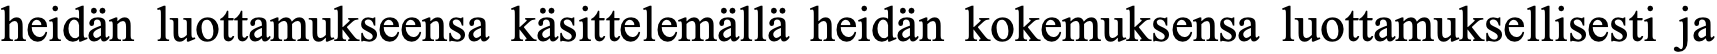
heidän luottamukseensa käsittelemällä heidän kokemuksensa luottamuksellisesti ja